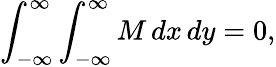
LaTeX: \int_{-\infty}^{\infty}\int_{-\infty}^{\infty}M\, dx\, dy=0,